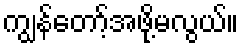
ကျွန်တော့်အဖို့မလွယ်။